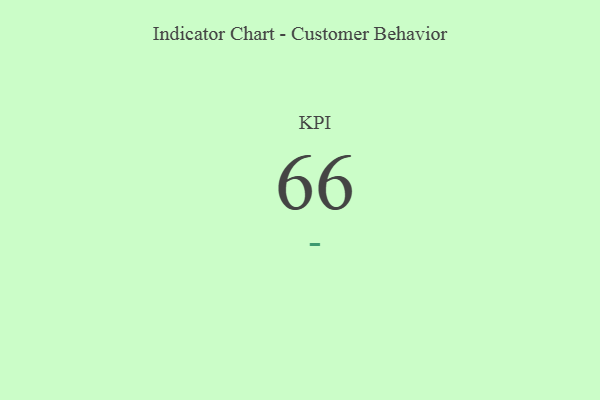
{"axis": {"x": "KPI", "y": "Value"}, "legend": [""], "data": [{"x": "KPI", "y": 66, "type": ""}]}